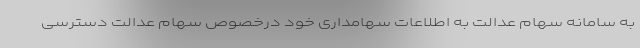
به سامانه سهام عدالت به اطلاعات سهامداری خود درخصوص سهام عدالت دسترسی